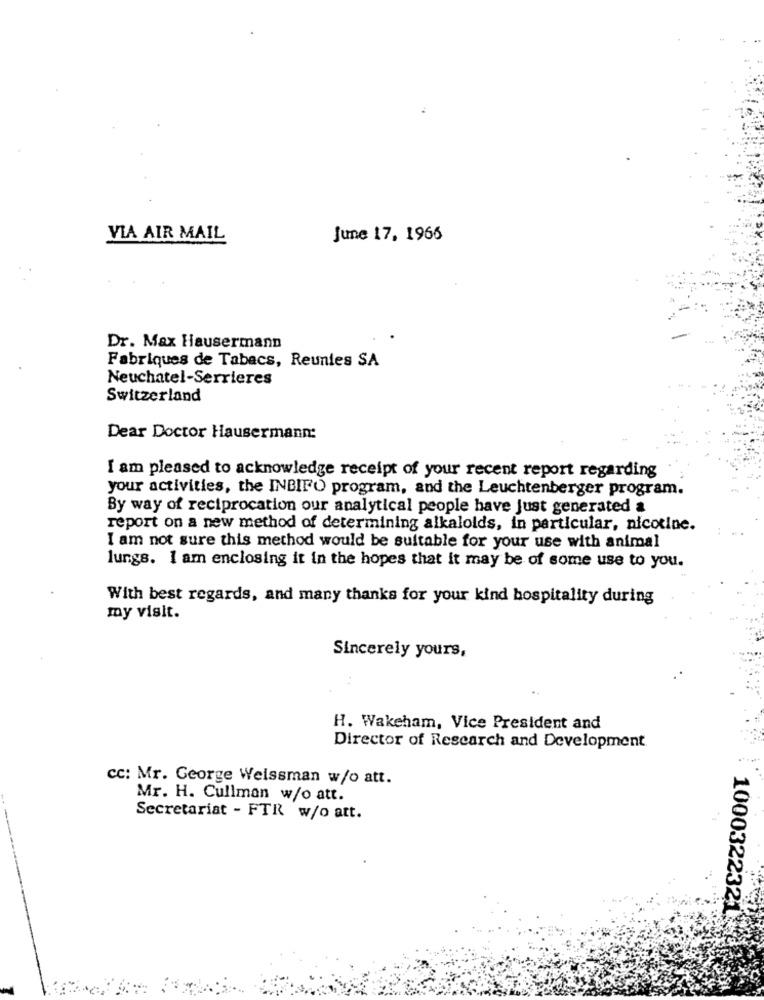
VIA AIR MAIL
June 17, 1966
Dr. Max Hausermann
Fabriques de Tabacs, Reunies SA
Neuchatel-Serrieres
Switzerland
Dear Doctor Hausermann:
I am pleased to acknowledge receipt of your recent report regarding
your activities, the INBIFO program, and the Leuchtenberger program.
By way of reciprocation our analytical people have Just generated a
report on a new method of determining alkaloids, in particular, nicotine.
I am not sure this method would be suitable for your use with animal
lungs. I am enclosing it in the hopes that it may be of some use to you.
With best regards, and many thanks for your kind hospitality during
my visit.
Sincerely yours,
H. Wakeham, Vice President and
Director of Research and Development
cc: Mr. George Weissman w/o att.
Mr. H. Cullman w/o att.
Secretariat - FTR w/o att.
1000322321